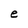
Character: e